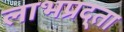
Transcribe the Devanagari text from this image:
लाभप्रद्ता